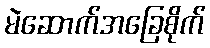
မဲဆောက်အခြေစိုက်